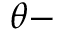
\theta -